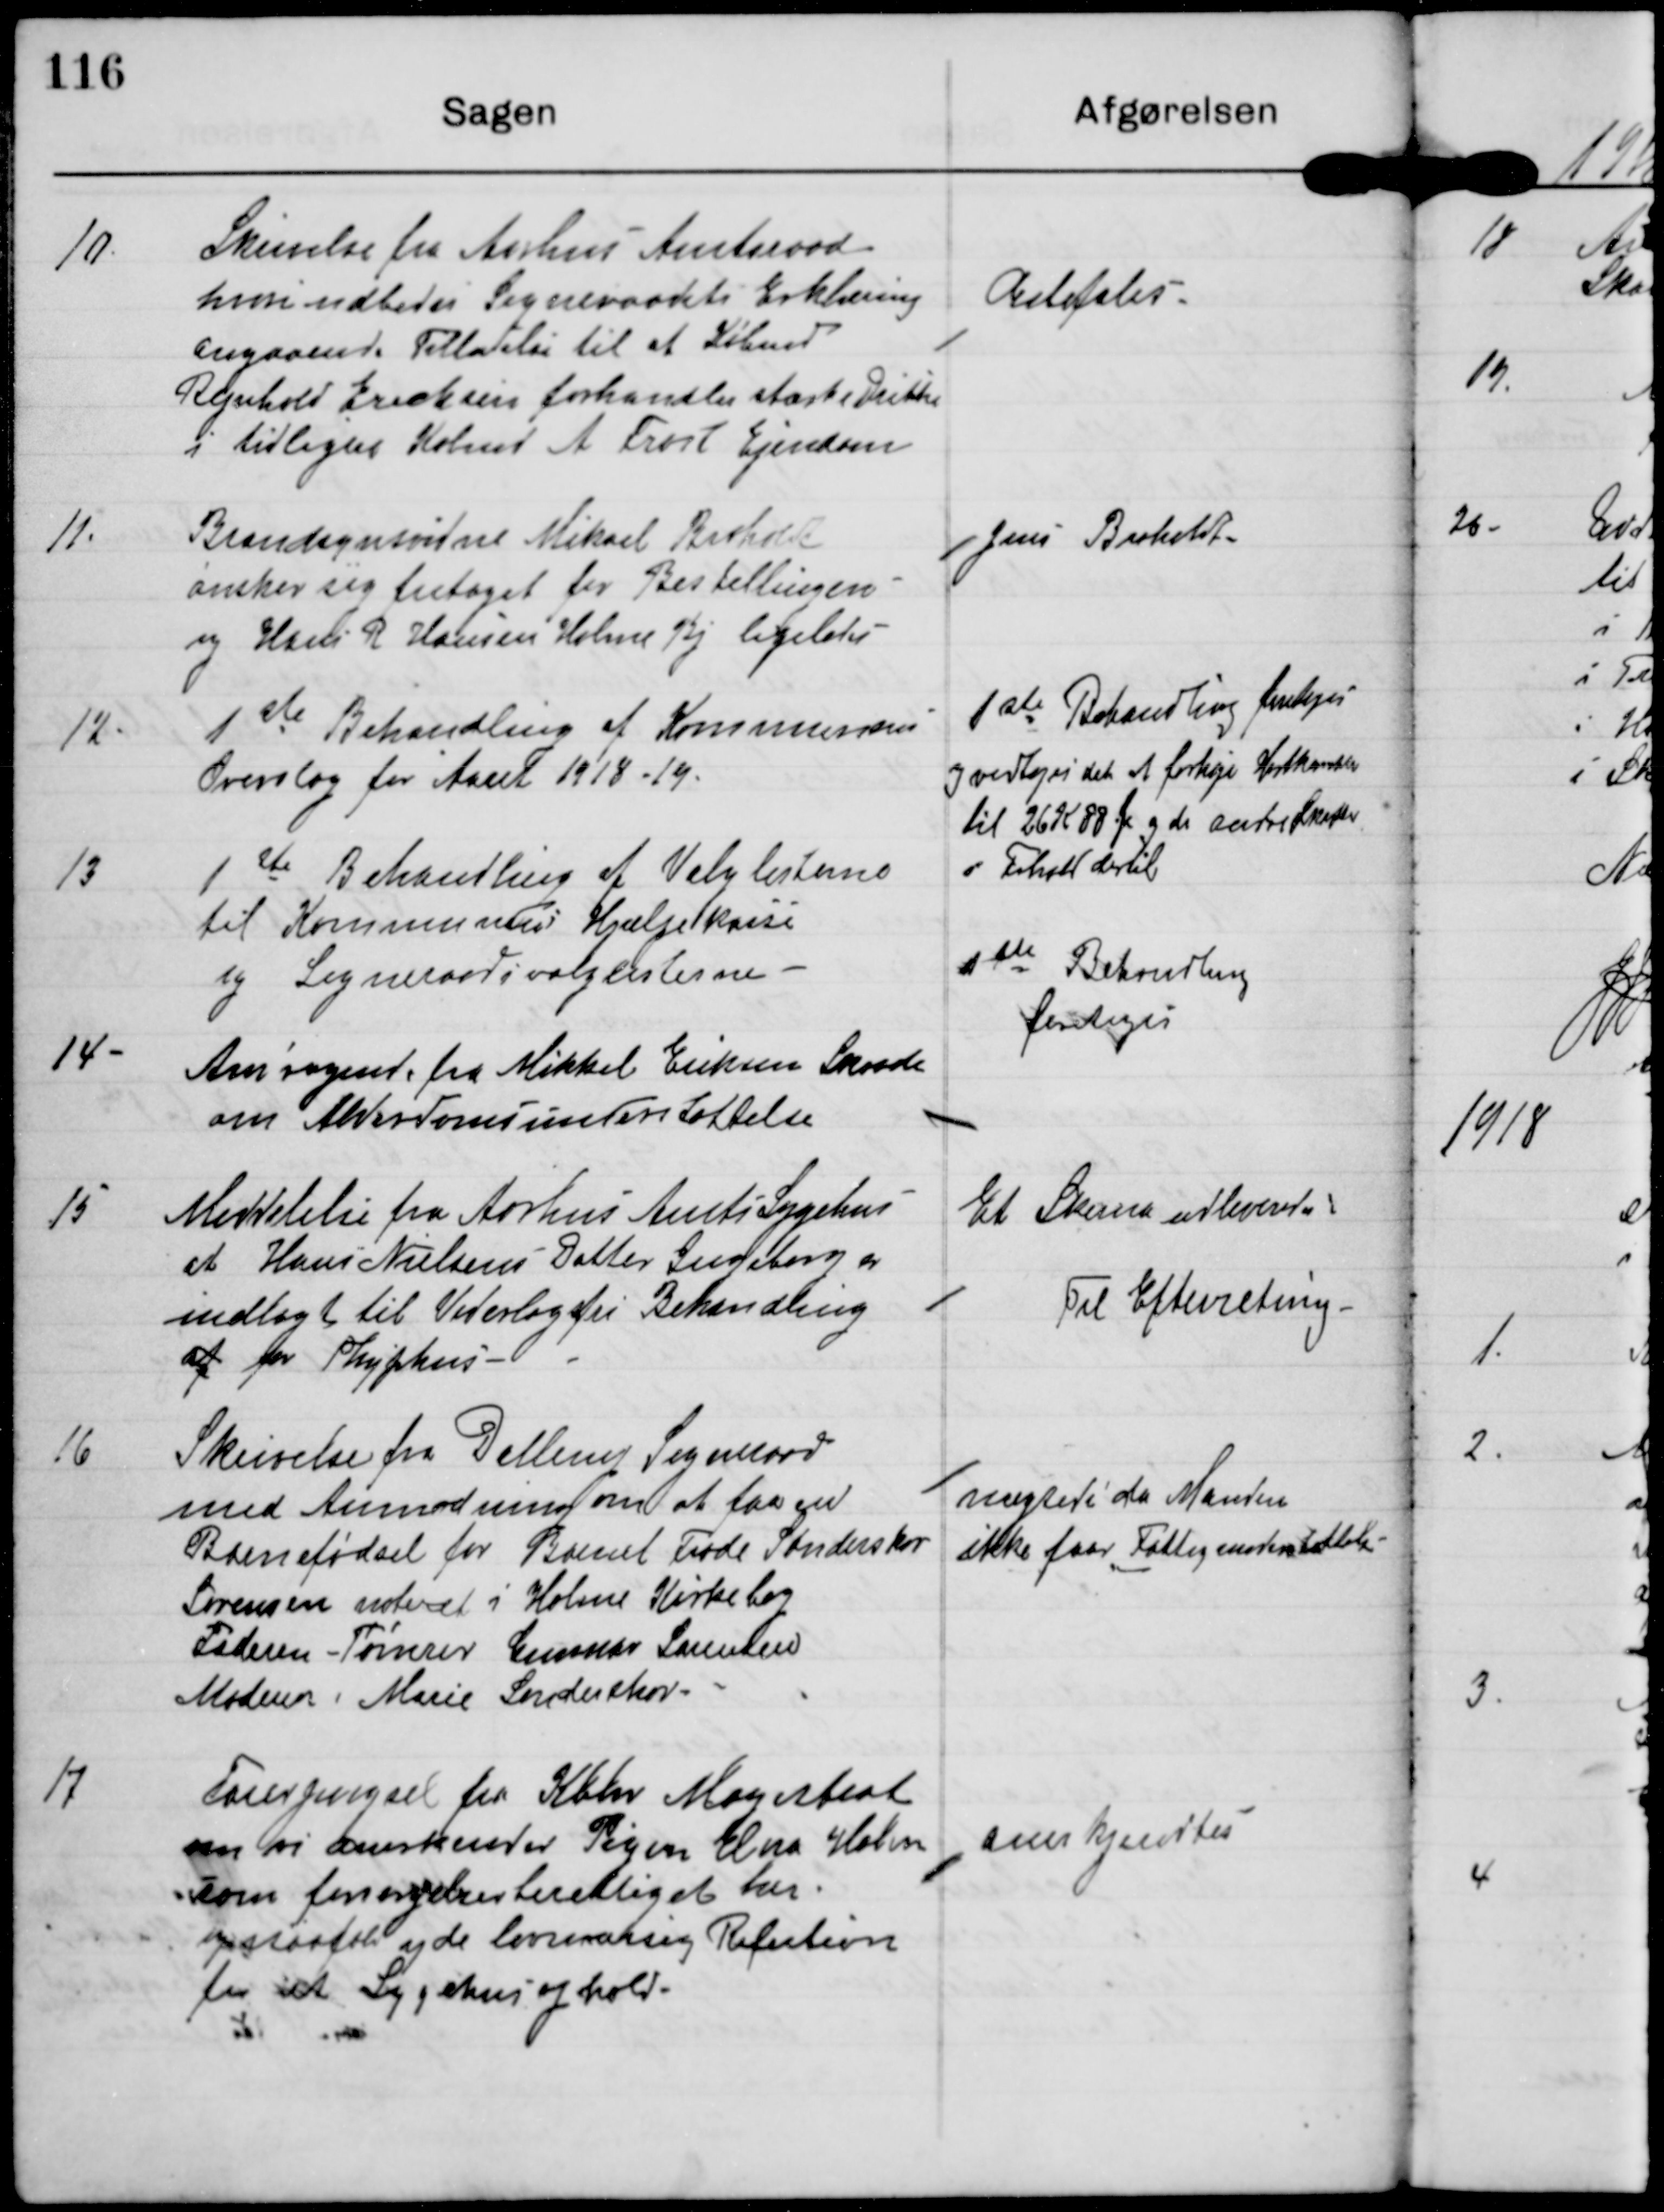
Transskription:
10.

Skrivelse fra Aarhus Amtsraad
hvori udbedes Sogneraadets Erklæring
angaaende Tilladelse til at Købmd
Rejnholt Ericksen forhandles stærke Drikke
i tidligere Købmd A Frost Ejendom

Anbefales

11

Brandsynsvidne Mikael Broholdt
ønsker sig fritaget for Bestillingen
og Hans R Hansen Holme Bj ligeledes.

Jens Broholdt

12.

1 ste Behandling af Kommunens
Overslag for Aaret 1918-19

1 ste Behandling foretages
og vedtager det at forhøje Hartkorn
til 26 K 88 Ø og de andre Skatter
i forhold dertil

13

1 ste Behandling af Valglisterne
til Kommunens Hjælpekasse
og Sogneraadsvalglisterne.

1 ste Behandling
foretages

14

Ansøgning fra Mikkel Eriksen Skaade
om Alderdomsunderstøttelse

15

Meddelelse fra Aarhus Amts Sygehus
at Hans Nielsens Datte Ingeborg er
indlagt til Vedertagsfri Behandling
af for Thyphus

Et Skema udleveret

Til Efterretning

16

Skrivelse fra Dollerup Sogneraad
med Anmodning om at faa en
Barnefødsel for Barnet Frode Sønderskov
Sørensen noteret i Holme Kirkebog
Faderen Tømrer Gunnar Sørensen
Moderen Marie Sønderskov

nægtede da Manden
ikke faar Fattigunderstøttelse

17

Forespørgsel fra Kbhv Magistrat
om vi anerkender Pigen Elna Holm
som forsørgelsesberettiget her
og derfor yde lovmæssig Refution
for et Sygehusophold.

anerkjendtes